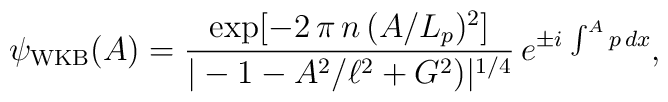
\psi_{{\rm WKB}}(A) =\frac{\exp [- 2 \,\pi\, n\, (A/L_p)^2]}{|-1-A^2/\ell^2 + G^2)|^{1/4}} \,e^{\pm i\, \int^A p\, dx},